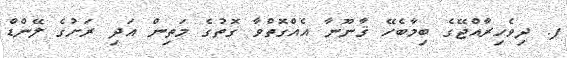
ފ. ދިވެހިރާއްޖޭގެ ބިމާބެހޭ ޤާނޫނާ އެއްގޮތްވާ ގޮތުގެ މަތިން އަދި ރަށުގެ ލޭންޑް